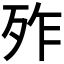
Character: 𣧫